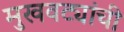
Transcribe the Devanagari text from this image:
मुखवट्यांची